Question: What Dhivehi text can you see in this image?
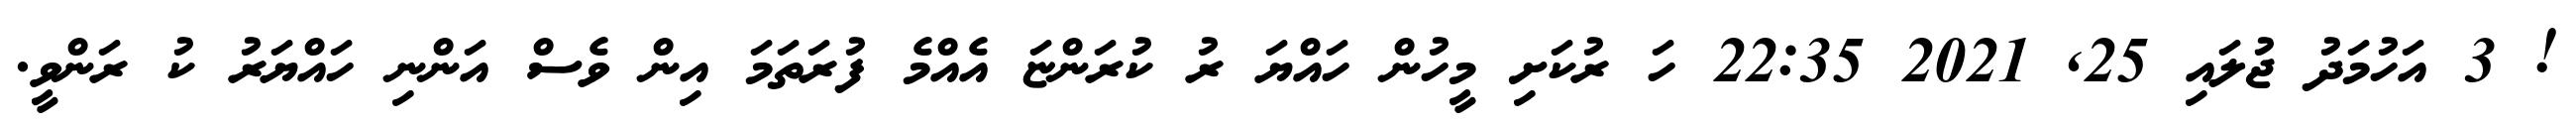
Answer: ! 3 އަހުމަދު ޖުލައި 25, 2021 22:35 ހަ ރުކަށި މީހުން ހައްޔަ ރު ކުރަންޏަ އެއްމެ ފުރަތަމަ އިން ވެސް އަންނި ހައްޔަރު ކު ރަންވީ.